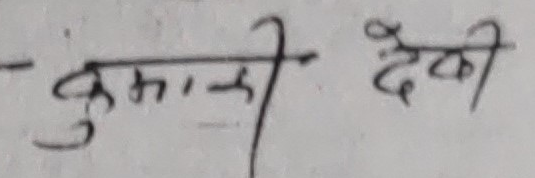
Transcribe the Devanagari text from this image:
कुमारी देखी